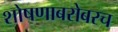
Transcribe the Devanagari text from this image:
शोषणाबरोबरच